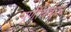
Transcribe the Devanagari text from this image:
पूर्णधिकार